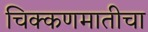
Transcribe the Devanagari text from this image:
चिक्कणमातीचा